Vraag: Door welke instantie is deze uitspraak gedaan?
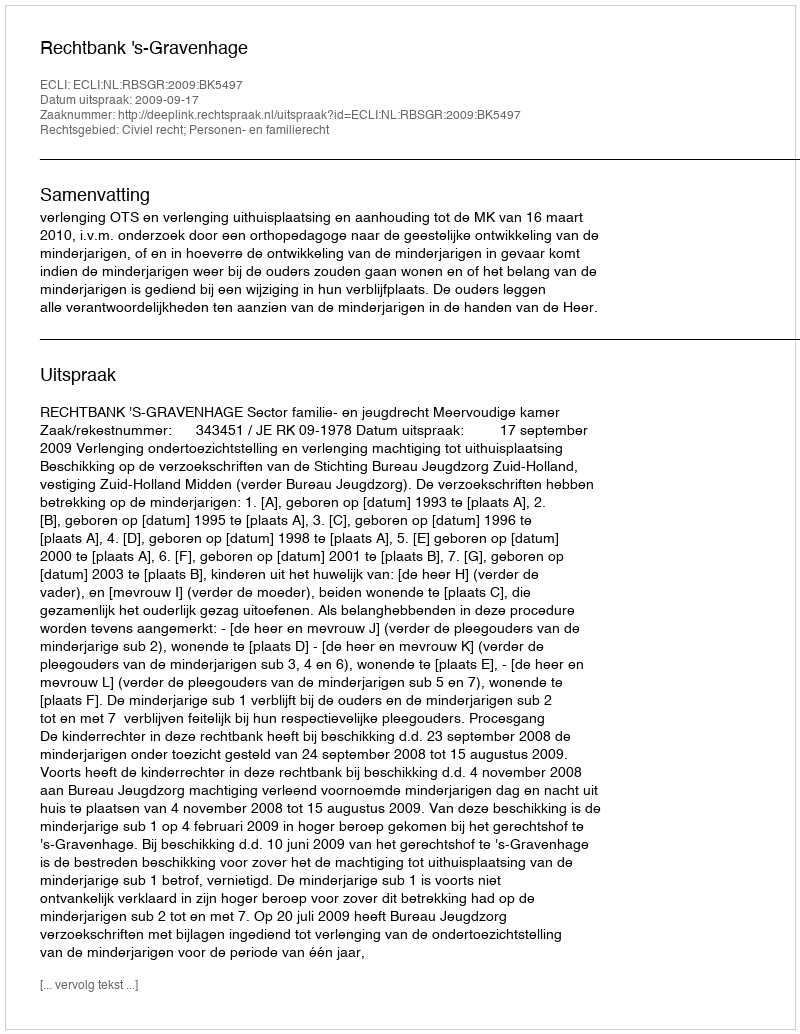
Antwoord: Rechtbank 's-Gravenhage